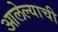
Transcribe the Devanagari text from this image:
आलेल्याची